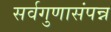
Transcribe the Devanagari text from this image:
सर्वगुणासंपन्न